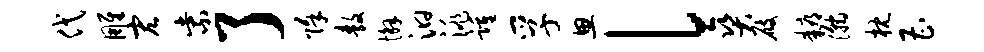
代雕宏紫了除敖懈汩洮踵孚思l爽屐耨瀚枕曹